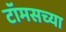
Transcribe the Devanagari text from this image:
टॉमसच्या